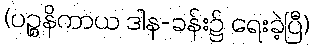
(ပဉ္စနိကာယ ဒါန-ခန်း၌ ရေးခဲ့ပြီ)